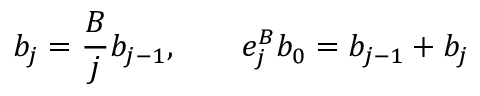
b _ { j } = \frac { B } { j } b _ { j - 1 } , \qquad e _ { j } ^ { B } b _ { 0 } = b _ { j - 1 } + b _ { j }